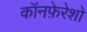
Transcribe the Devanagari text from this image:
कॉनफ़ेरेशो